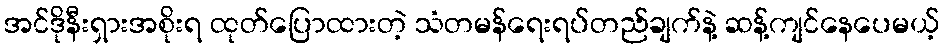
အင်ဒိုနီးရှားအစိုးရ ထုတ်ပြောထားတဲ့ သံတမန်ရေးရပ်တည်ချက်နဲ့ ဆန့်ကျင်နေပေမယ့်